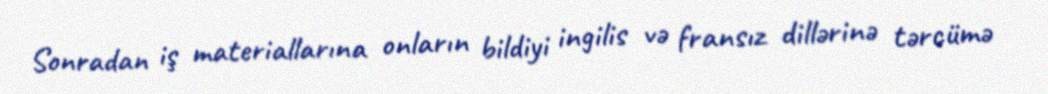
Sonradan iş materiallarına onların bildiyi ingilis və fransız dillərinə tərcümə